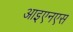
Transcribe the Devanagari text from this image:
आइएनएस